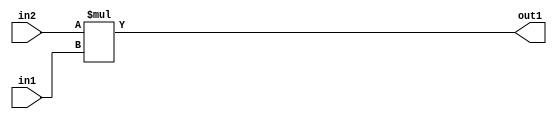
`timescale 1ps / 1ps
/*****************************************************************************
    Verilog RTL Description
    
    
    Created by: Stratus DpOpt 2019.1.01 
*******************************************************************************/

module SobelFilter_Mul_9Ux8U_17U_4 (
	in2,
	in1,
	out1
	); /* architecture "behavioural" */ 
input [8:0] in2;
input [7:0] in1;
output [16:0] out1;
wire [16:0] asc001;

assign asc001 = 
	+(in2 * in1);

assign out1 = asc001;
endmodule

/* CADENCE  urn0SAg= : u9/ySgnWtBlWxVPRXgAZ4Og= ** DO NOT EDIT THIS LINE ******/